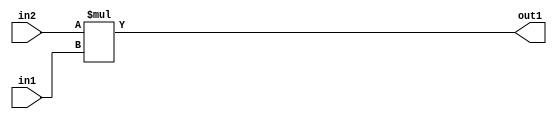
`timescale 1ps / 1ps
/*****************************************************************************
    Verilog RTL Description
    
    
    Created by: Stratus DpOpt 2019.1.01 
*******************************************************************************/

module SobelFilter_Mul_9Ux8U_17U_4 (
	in2,
	in1,
	out1
	); /* architecture "behavioural" */ 
input [8:0] in2;
input [7:0] in1;
output [16:0] out1;
wire [16:0] asc001;

assign asc001 = 
	+(in2 * in1);

assign out1 = asc001;
endmodule

/* CADENCE  urn0SAg= : u9/ySgnWtBlWxVPRXgAZ4Og= ** DO NOT EDIT THIS LINE ******/